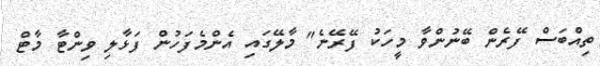
ތިއްބަސް ފޭރެން ބޭނުންވާ މީހަކު ފޭރޭނެ" މާލޭގައި އެންމެފަހުން ފަޅާލި ވިންޓާ މާޓް